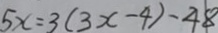
5 x = 3 ( 3 x - 4 ) - 4 8